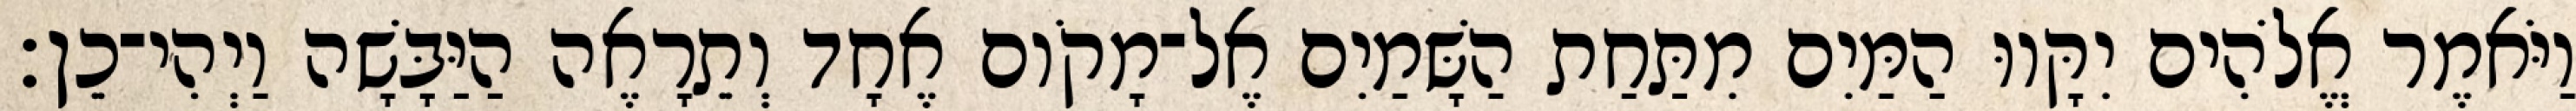
וַיֹּאמֶר אֱלֹהִים יִקָּווּ הַמַּיִם מִתַּחַת הַשָּׁמַיִם אֶל־מָקֹום אֶחָד וְתֵרָאֶה הַיַּבָּשָׁה וַיְהִי־כֵן׃